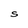
Character: S